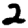
Digit: 2